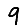
Digit: 9